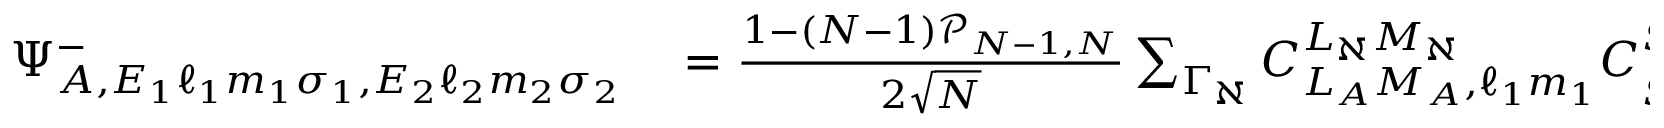
\begin{array} { r l } { \Psi _ { A , E _ { 1 } \ell _ { 1 } m _ { 1 } \sigma _ { 1 } , E _ { 2 } \ell _ { 2 } m _ { 2 } \sigma _ { 2 } } ^ { - } } & { { } = \frac { 1 - ( N - 1 ) \mathcal { P } _ { N - 1 , N } } { 2 \sqrt { N } } \sum _ { \Gamma _ { \aleph } } C _ { L _ { A } M _ { A } , \ell _ { 1 } m _ { 1 } } ^ { L _ { \aleph } M _ { \aleph } } C _ { S _ { A } \Sigma _ { A } , \frac { 1 } { 2 } \sigma _ { 1 } } ^ { S _ { \aleph } \Sigma _ { \aleph } } \Psi _ { \aleph E _ { 1 } } ^ { - } ( x _ { 1 } \textrm { \, --- \, } x _ { N - 1 } ) \otimes { ^ { 2 } \phi _ { E _ { 2 } \ell _ { 2 } m _ { 2 } \sigma _ { 2 } } ^ { - } } ( x _ { N } ) - } \end{array}